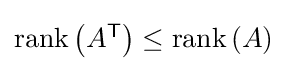
{\textstyle \operatorname {rank} \left(A^{\textsf {T}}\right)\leq \operatorname {rank} \left(A\right)}